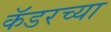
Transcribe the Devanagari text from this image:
कॅडरच्या